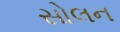
સોલન